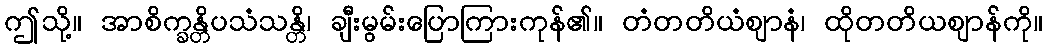
ဤသို့။ အာစိက္ခန္တိပသံသန္တိ၊ ချီးမွမ်းပြောကြားကုန်၏။ တံတတိယံဈာနံ၊ ထိုတတိယဈာန်ကို။